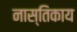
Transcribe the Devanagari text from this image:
नास्तिकाय